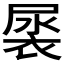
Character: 𮖎